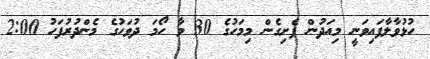
ހުޅުވާލާފައިވަނީ މިއަދުން ފެށިގެން މިމަހުގެ 30 ވާ ހޯމަ ދުވަހުގެ މެންދުރުފަހު 2:00